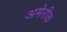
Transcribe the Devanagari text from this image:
अमेरीक